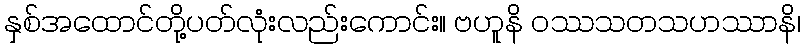
နှစ်အထောင်တို့ပတ်လုံးလည်းကောင်း။ ဗဟူနိ ဝဿသတသဟဿာနိ၊